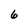
Character: 6